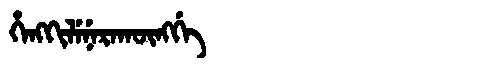
Manchu: ᡥᡝᠩᡴᡳᠯᡝᠨᡝᡵᠠᡴᡡᠩᡤᡝ
Romanization: HENGKILENERAKŪNGGE